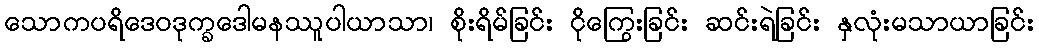
သောကပရိဒေဝဒုက္ခဒေါမနဿူပါယာသာ၊ စိုးရိမ်ခြင်း ငိုကြွေးခြင်း ဆင်းရဲခြင်း နှလုံးမသာယာခြင်း